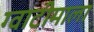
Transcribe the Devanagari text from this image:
ग्वाटीमाला